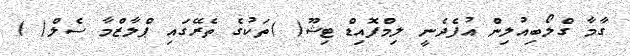
ގާމާ ގްލޯބިއުލިން އުފެދެނީ ލިމްފޮއިޑް ޓިޝޫ( )ތަކުގެ ތެރޭގައި ޕްލާޒްމާ ސެލް( )